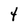
Character: t